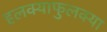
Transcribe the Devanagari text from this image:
हलक्याफुलक्या